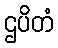
ဌပိတံ